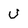
Character: U